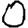
Digit: 0